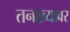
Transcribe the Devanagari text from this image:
तनख्यावर